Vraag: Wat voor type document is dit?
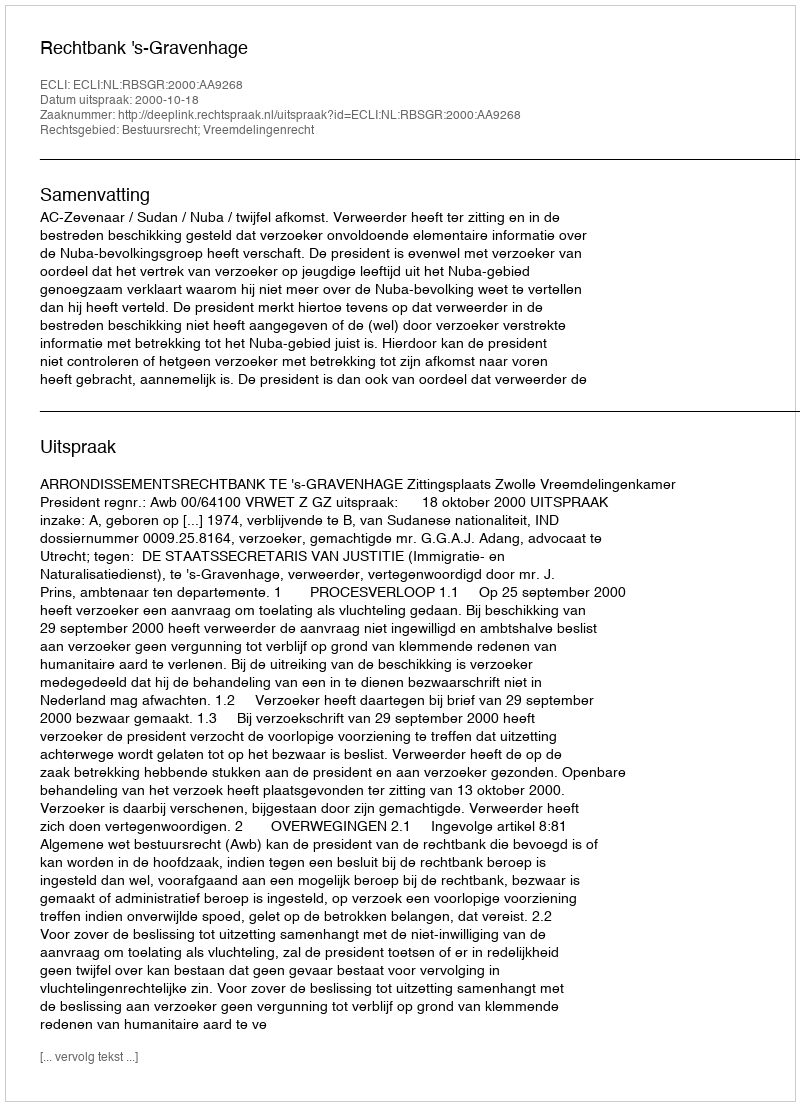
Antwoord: Uitspraak